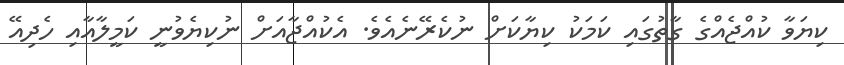
ކިޔަވާ ކުއްޖެއްގެ ގާތުގައި ކަމަކު ކިޔާކަށް ނުކެރޭނެއެވެ. އެކުއްޖާއަށް ނުކިޔެވުނީ ކަމީލާއާއި ހެދިއޭ